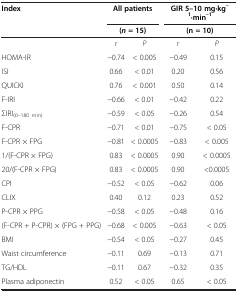
<table><thead><tr><td rowspan="2"><b>Index</b></td><td colspan="2"><b>All patients</b></td><td colspan="2"><b>GIR 5–10 mg·kg<sup>–1</sup>·min<sup>–1</sup></b></td></tr><tr><td colspan="2"><b>(<i>n </i>= 15)</b></td><td colspan="2"><b>(n = 10)</b></td></tr></thead><tbody><tr><td> </td><td><i>r</i></td><td><i>P</i></td><td><i>r</i></td><td><i>P</i></td></tr><tr><td>HOMA-IR</td><td>−0.74</td><td>&lt; 0.005</td><td>−0.49</td><td>0.15</td></tr><tr><td>ISI</td><td>0.66</td><td>&lt; 0.01</td><td>0.20</td><td>0.56</td></tr><tr><td>QUICKI</td><td>0.76</td><td>&lt; 0.001</td><td>0.50</td><td>0.14</td></tr><tr><td>F-IRI</td><td>−0.66</td><td>&lt; 0.01</td><td>−0.42</td><td>0.22</td></tr><tr><td>ΣIRI<sub>(0–180 min)</sub></td><td>−0.59</td><td>&lt; 0.05</td><td>−0.26</td><td>0.54</td></tr><tr><td>F-CPR</td><td>−0.71</td><td>&lt; 0.01</td><td>−0.75</td><td>&lt; 0.05</td></tr><tr><td>F-CPR × FPG</td><td>−0.81</td><td>&lt; 0.0005</td><td>−0.83</td><td>&lt; 0.005</td></tr><tr><td>1/(F-CPR × FPG)</td><td>0.83</td><td>&lt; 0.0005</td><td>0.90</td><td>&lt; 0.0005</td></tr><tr><td>20/(F-CPR × FPG)</td><td>0.83</td><td>&lt; 0.0005</td><td>0.90</td><td>&lt;0.0005</td></tr><tr><td>CPI</td><td>−0.52</td><td>&lt; 0.05</td><td>−0.62</td><td>0.06</td></tr><tr><td>CLIX</td><td>0.40</td><td>0.12</td><td>0.23</td><td>0.52</td></tr><tr><td>P-CPR × PPG</td><td>−0.58</td><td>&lt; 0.05</td><td>−0.48</td><td>0.16</td></tr><tr><td>(F-CPR + P-CPR) × (FPG + PPG)</td><td>−0.68</td><td>&lt; 0.005</td><td>−0.63</td><td>&lt; 0.05</td></tr><tr><td>BMI</td><td>−0.54</td><td>&lt; 0.05</td><td>−0.27</td><td>0.45</td></tr><tr><td>Waist circumference</td><td>−0.11</td><td>0.69</td><td>−0.13</td><td>0.71</td></tr><tr><td>TG/HDL</td><td>−0.11</td><td>0.67</td><td>−0.32</td><td>0.35</td></tr><tr><td>Plasma adiponectin</td><td>0.52</td><td>&lt; 0.05</td><td>0.65</td><td>&lt; 0.05</td></tr></tbody></table>